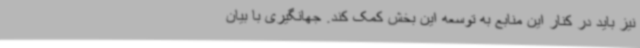
نیز باید در کنار این منابع به توسعه این بخش کمک کند. جهانگیری با بیان